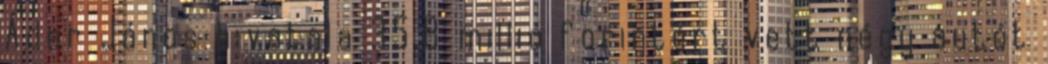
Áder János hivatala 35,8 millió forintért vett négy autót